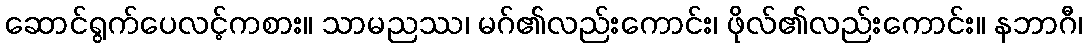
ဆောင်ရွက်ပေလင့်ကစား။ သာမညဿ၊ မဂ်၏လည်းကောင်း၊ ဖိုလ်၏လည်းကောင်း။ နဘာဂီ၊